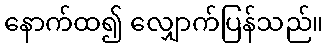
နောက်ထ၍ လျှောက်ပြန်သည်။